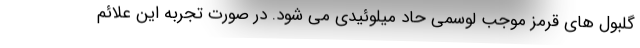
گلبول های قرمز موجب لوسمی حاد میلوئیدی می شود. در صورت تجربه این علائم